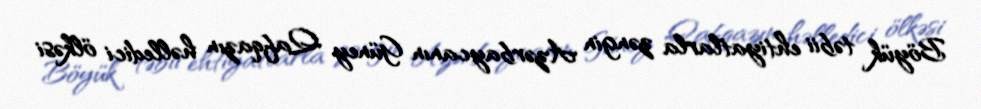
Böyük təbii ehtiyatlarla zəngin Azərbaycanın Güney Qafqazın həlledici ölkəsi